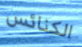
الكنائس